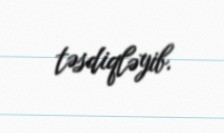
təsdiqləyib.